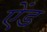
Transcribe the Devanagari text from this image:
एेंड